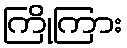
ကြိုကြား